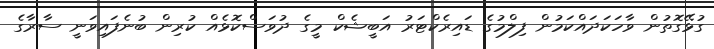
ގުޅޭގޮތުން ވާހަކަދައްކަމުން ފިލްމުގެ ޑައިރެކްޓަރު އަބީޝެކް މީގެ ދުވަސްކޮޅެއް ކުރިން ބުނެފައިވަނީ ސާރާގެ